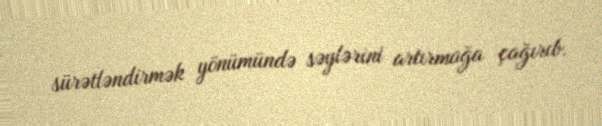
sürətləndirmək yönümündə səylərini artırmağa çağırıb.